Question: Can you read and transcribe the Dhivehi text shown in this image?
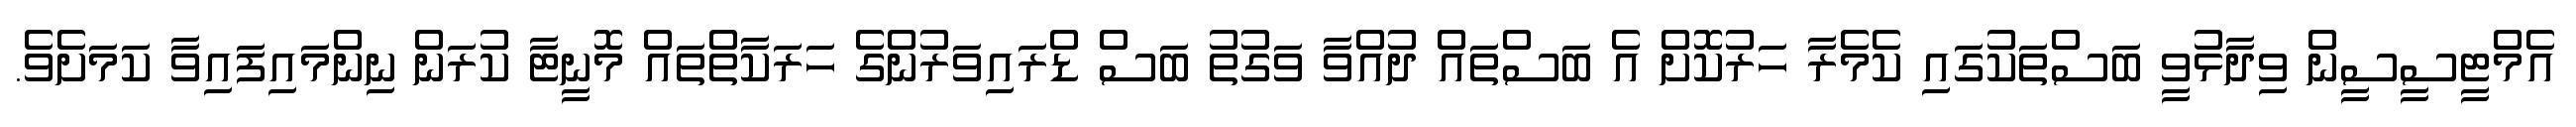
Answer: އެމްޓީސީސީން ވިދާޅުވީ ބަސްތަކުގައި ކެމެރާ ހަރުކޮށް އެ ބަސްތައް ދުއްވާ ވަގުތު ބަސް ޑްރައިވަރުންގެ ހަރަކާތްތައް މޮނީޓާ ކުރަން ނިންމައިފައިވާ ކަމަށެވެ.